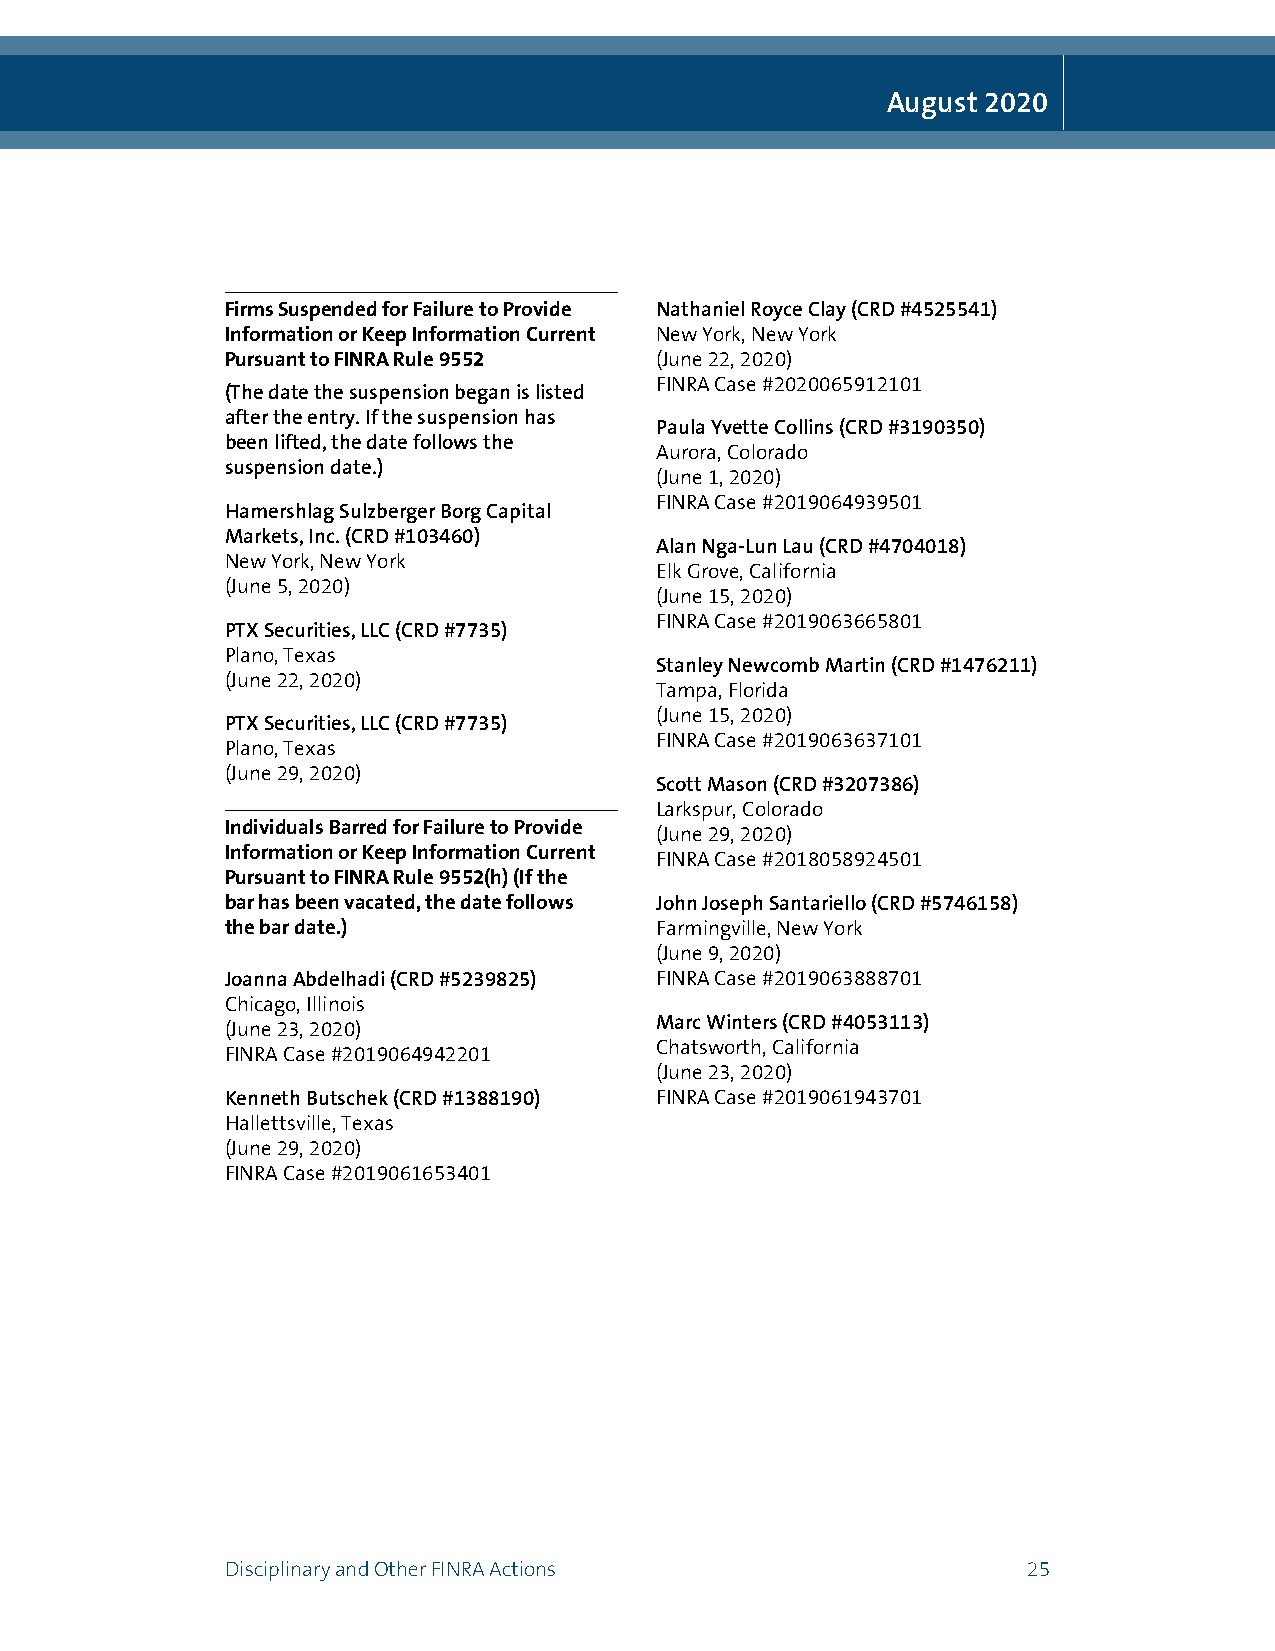
August 2020
 Firms Suspended for Failure to Provide Nathaniel Royce Clay (CRD #4525541)
 Information or Keep Information Current New York, New York
 Pursuant to FINRA Rule 9552 (June 22, 2020)
 FINRA Case #2020065912101
 (The date the suspension began is listed
 after the entry. If the suspension has
 Paula Yvette Collins (CRD #3190350)
 been lifted, the date follows the
 Aurora, Colorado
 suspension date.)
 (June 1, 2020)
 FINRA Case #2019064939501
 Hamershlag Sulzberger Borg Capital
 Markets, Inc. (CRD #103460)
 Alan Nga-Lun Lau (CRD #4704018)
 New York, New York
 Elk Grove, California
 (June 5, 2020)
 (June 15, 2020)
 FINRA Case #2019063665801
 PTX Securities, LLC (CRD #7735)
 Plano, Texas
 Stanley Newcomb Martin (CRD #1476211)
 (June 22, 2020)
 Tampa, Florida
 (June 15, 2020)
 PTX Securities, LLC (CRD #7735)
 FINRA Case #2019063637101
 Plano, Texas
 (June 29, 2020)
 Scott Mason (CRD #3207386)
 Larkspur, Colorado
 Individuals Barred for Failure to Provide
 (June 29, 2020)
 Information or Keep Information Current
 FINRA Case #2018058924501
 Pursuant to FINRA Rule 9552(h) (If the
 bar has been vacated, the date follows John Joseph Santariello (CRD #5746158)
 the bar date.)              Farmingville, New York
 (June 9, 2020)
 Joanna Abdelhadi (CRD #5239825) FINRA Case #2019063888701
 Chicago, Illinois
 Marc Winters (CRD #4053113)
 (June 23, 2020)
 Chatsworth, California
 FINRA Case #2019064942201
 (June 23, 2020)
 Kenneth Butschek (CRD #1388190) FINRA Case #2019061943701
 Hallettsville, Texas
 (June 29, 2020)
 FINRA Case #2019061653401
 Disciplinary and Other FINRA Actions                 25